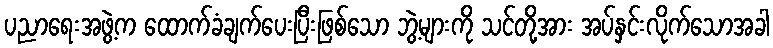
ပညာရေးအဖွဲ့က ထောက်ခံချက်ပေးပြီးဖြစ်သော ဘွဲ့များကို သင်တို့အား အပ်နှင်းလိုက်သောအခါ